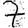
Digit: 7